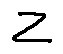
z